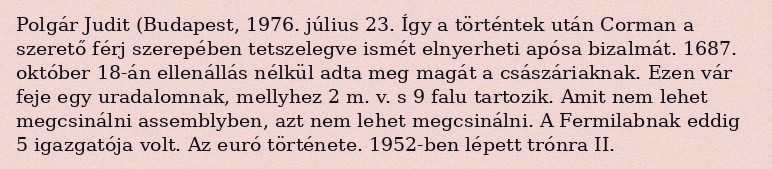
Polgár Judit (Budapest, 1976. július 23. Így a történtek után Corman a szerető férj szerepében tetszelegve ismét elnyerheti apósa bizalmát. 1687. október 18-án ellenállás nélkül adta meg magát a császáriaknak. Ezen vár feje egy uradalomnak, mellyhez 2 m. v. s 9 falu tartozik. Amit nem lehet megcsinálni assemblyben, azt nem lehet megcsinálni. A Fermilabnak eddig 5 igazgatója volt. Az euró története. 1952-ben lépett trónra II.